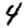
Digit: 4